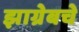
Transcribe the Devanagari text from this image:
झाग्रेबचे